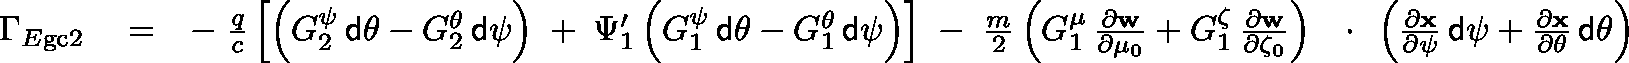
\begin{array} { r l r } { \Gamma _ { E \mathrm { g c } 2 } } & { { } = } & { - \; \frac { q } { c } \left[ \left( G _ { 2 } ^ { \psi } \, { \sf d } \theta - G _ { 2 } ^ { \theta } \, { \sf d } \psi \right) \; + \frac { } { } \Psi _ { 1 } ^ { \prime } \left( G _ { 1 } ^ { \psi } \, { \sf d } \theta - G _ { 1 } ^ { \theta } \, { \sf d } \psi \right) \right] \; - \; \frac { m } { 2 } \left( G _ { 1 } ^ { \mu } \, \frac { \partial \bf w } { \partial \mu _ { 0 } } + G _ { 1 } ^ { \zeta } \, \frac { \partial \bf w } { \partial \zeta _ { 0 } } \right) \, \mathrm { ~ \boldmath ~ \cdot ~ } \, \left( \frac { \partial \bf x } { \partial \psi } \, { \sf d } \psi + \frac { \partial \bf x } { \partial \theta } \, { \sf d } \theta \right) } \end{array}